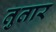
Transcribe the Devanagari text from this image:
तुतार